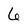
Character: 6